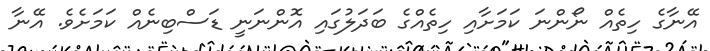
އޭނާގެ ހިތެއް ނޯންނަ ކަމަށާއި ހިތެއްގެ ބަދަލުގައި އޮންނަނީ ޑަސްބިނެއް ކަމަށެވެ. އޭނާ